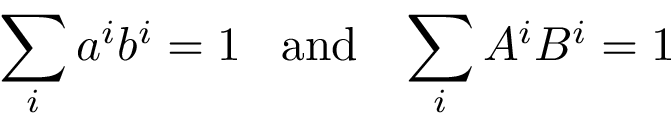
\sum _ { i } a ^ { i } b ^ { i } = 1 \; \; \; \mathrm { a n d } \; \; \; \sum _ { i } A ^ { i } B ^ { i } = 1